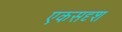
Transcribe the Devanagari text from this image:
एकसदृश